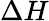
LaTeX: \Delta H